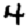
Digit: 4